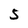
Character: 5